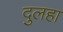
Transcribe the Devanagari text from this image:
दुलहा